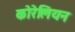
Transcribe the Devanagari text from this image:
कोरेलियन